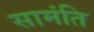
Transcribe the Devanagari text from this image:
सामंति